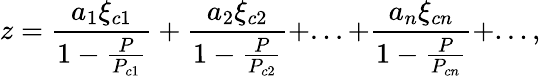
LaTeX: z=\frac{a_{1}\xi_{c1}}{1-\frac{P}{P_{c1}}}+\frac{a_{2}\xi_{c2}}{1-\frac{P}{P_{c2}}}+...+\frac{a_{n}\xi_{cn}}{1-\frac{P}{P_{cn}}}+...,